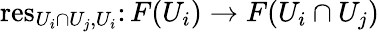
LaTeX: \operatorname{res}_{U_{i}\cap U_{j},U_{i}}\colon F(U_{i})\rightarrow F(U_{i}\cap U_{j})